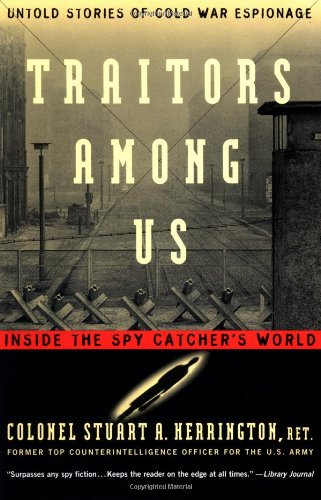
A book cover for Traitors Among Us: Inside the Spy Catcher's World; Stuart A. Herrington; Biographies & Memoirs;